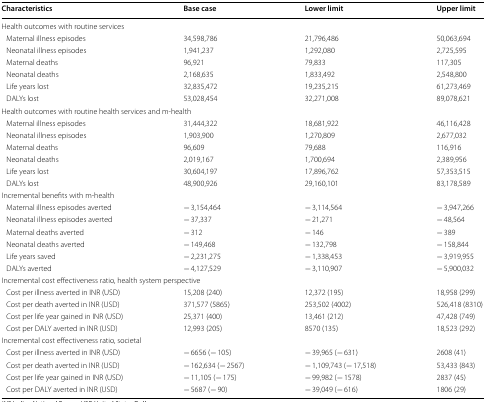
<table><thead><tr><td><b>Characteristics</b></td><td><b>Base case</b></td><td><b>Lower limit</b></td><td><b>Upper limit</b></td></tr></thead><tbody><tr><td colspan="4">Health outcomes with routine services</td></tr><tr><td> Maternal illness episodes</td><td>34,598,786</td><td>21,796,486</td><td>50,063,694</td></tr><tr><td> Neonatal illness episodes</td><td>1,941,237</td><td>1,292,080</td><td>2,725,595</td></tr><tr><td> Maternal deaths</td><td>96,921</td><td>79,833</td><td>117,305</td></tr><tr><td> Neonatal deaths</td><td>2,168,635</td><td>1,833,492</td><td>2,548,800</td></tr><tr><td> Life years lost</td><td>32,835,472</td><td>19,235,215</td><td>61,273,469</td></tr><tr><td> DALYs lost</td><td>53,028,454</td><td>32,271,008</td><td>89,078,621</td></tr><tr><td colspan="4">Health outcomes with routine health services and m-health</td></tr><tr><td> Maternal illness episodes</td><td>31,444,322</td><td>18,681,922</td><td>46,116,428</td></tr><tr><td> Neonatal illness episodes</td><td>1,903,900</td><td>1,270,809</td><td>2,677,032</td></tr><tr><td> Maternal deaths</td><td>96,609</td><td>79,688</td><td>116,916</td></tr><tr><td> Neonatal deaths</td><td>2,019,167</td><td>1,700,694</td><td>2,389,956</td></tr><tr><td> Life years lost</td><td>30,604,197</td><td>17,896,762</td><td>57,353,515</td></tr><tr><td> DALYs lost</td><td>48,900,926</td><td>29,160,101</td><td>83,178,589</td></tr><tr><td colspan="4">Incremental benefits with m-health</td></tr><tr><td> Maternal illness episodes averted</td><td>− 3,154,464</td><td>− 3,114,564</td><td>− 3,947,266</td></tr><tr><td> Neonatal illness episodes averted</td><td>− 37,337</td><td>− 21,271</td><td>− 48,564</td></tr><tr><td> Maternal deaths averted</td><td>− 312</td><td>− 146</td><td>− 389</td></tr><tr><td> Neonatal deaths averted</td><td>− 149,468</td><td>− 132,798</td><td>− 158,844</td></tr><tr><td> Life years saved</td><td>− 2,231,275</td><td>− 1,338,453</td><td>− 3,919,955</td></tr><tr><td> DALYs averted</td><td>− 4,127,529</td><td>− 3,110,907</td><td>− 5,900,032</td></tr><tr><td colspan="4">Incremental cost effectiveness ratio, health system perspective</td></tr><tr><td> Cost per illness averted in INR (USD)</td><td>15,208 (240)</td><td>12,372 (195)</td><td>18,958 (299)</td></tr><tr><td> Cost per death averted in INR (USD)</td><td>371,577 (5865)</td><td>253,502 (4002)</td><td>526,418 (8310)</td></tr><tr><td> Cost per life year gained in INR (USD)</td><td>25,371 (400)</td><td>13,461 (212)</td><td>47,428 (749)</td></tr><tr><td> Cost per DALY averted in INR (USD)</td><td>12,993 (205)</td><td>8570 (135)</td><td>18,523 (292)</td></tr><tr><td colspan="4">Incremental cost effectiveness ratio, societal</td></tr><tr><td> Cost per illness averted in INR (USD)</td><td>− 6656 (− 105)</td><td>− 39,965 (− 631)</td><td>2608 (41)</td></tr><tr><td> Cost per death averted in INR (USD)</td><td>− 162,634 (− 2567)</td><td>− 1,109,743 (− 17,518)</td><td>53,433 (843)</td></tr><tr><td> Cost per life year gained in INR (USD)</td><td>− 11,105 (− 175)</td><td>− 99,982 (− 1578)</td><td>2837 (45)</td></tr><tr><td> Cost per DALY averted in INR (USD)</td><td>− 5687 (− 90)</td><td>− 39,049 (− 616)</td><td>1806 (29)</td></tr></tbody></table>